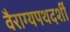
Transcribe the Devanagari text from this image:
वैराग्यपथदर्शी